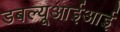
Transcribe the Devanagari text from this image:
डबल्यूआईआई